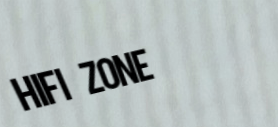
HiFi Zone